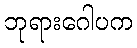
ဘုရားဂေါပက